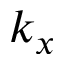
k _ { x }